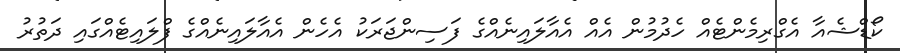
ކޯޑްޝެއާ އެގްރިމެންޓެއް ހެދުމުން އެއް އެއާލައިނެއްގެ ފަސިންޖަރަކު އެހެން އެއާލައިނެއްގެ ފްލައިޓެއްގައި ދަތުރު